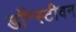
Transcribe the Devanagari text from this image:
डॉ॰स्टीवन